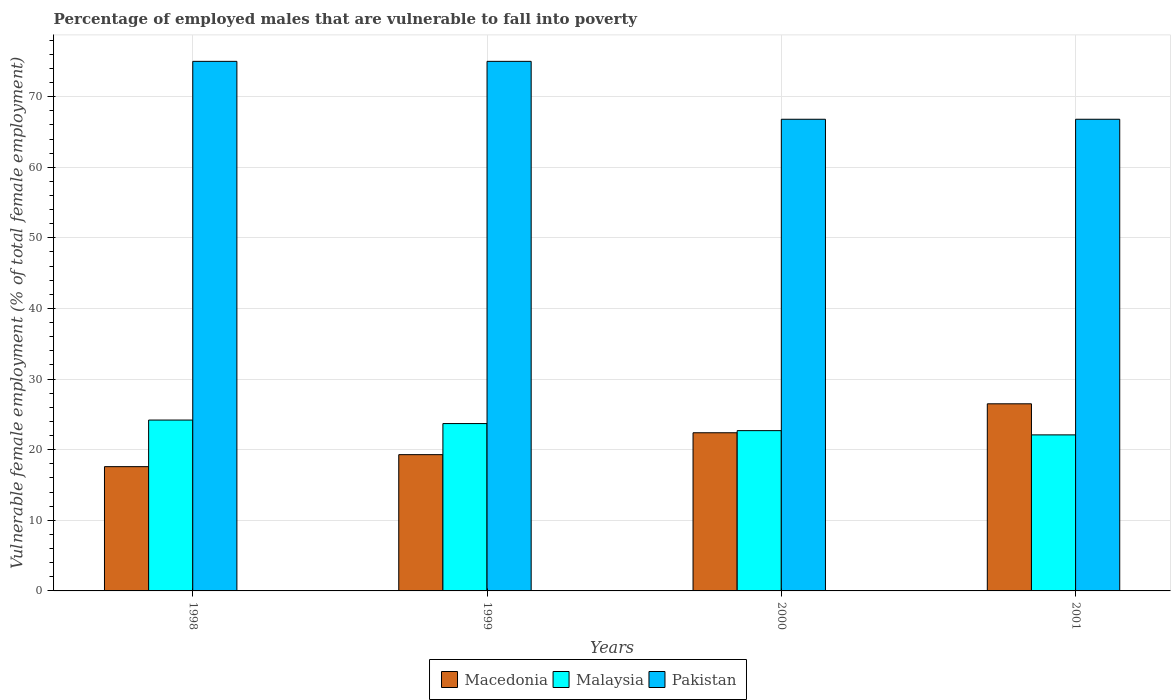
| Years | Macedonia | Malaysia | Pakistan |
 | --- | --- | --- | --- |
 | 1998 | 17.6 | 24.2 | 75 |
 | 1999 | 19.3 | 23.7 | 75 |
 | 2000 | 22.4 | 22.7 | 66.8 |
 | 2001 | 26.5 | 22.1 | 66.8 |